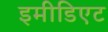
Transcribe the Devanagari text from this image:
इमीडिएट